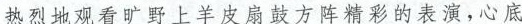
热烈地观看旷野上羊皮扇鼓方阵精彩的表演，心底